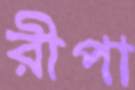
রীপা